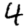
Digit: 4